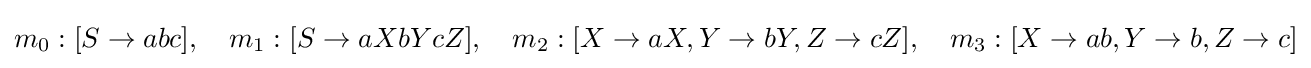
m_{0}:[S\rightarrow abc],\quad m_{1}:[S\rightarrow aXbYcZ],\quad m_{2}:[X\rightarrow aX,Y\rightarrow bY,Z\rightarrow cZ],\quad m_{3}:[X\rightarrow ab,Y\rightarrow b,Z\rightarrow c]